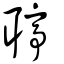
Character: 聤